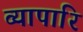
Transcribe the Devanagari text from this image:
व्यापारि